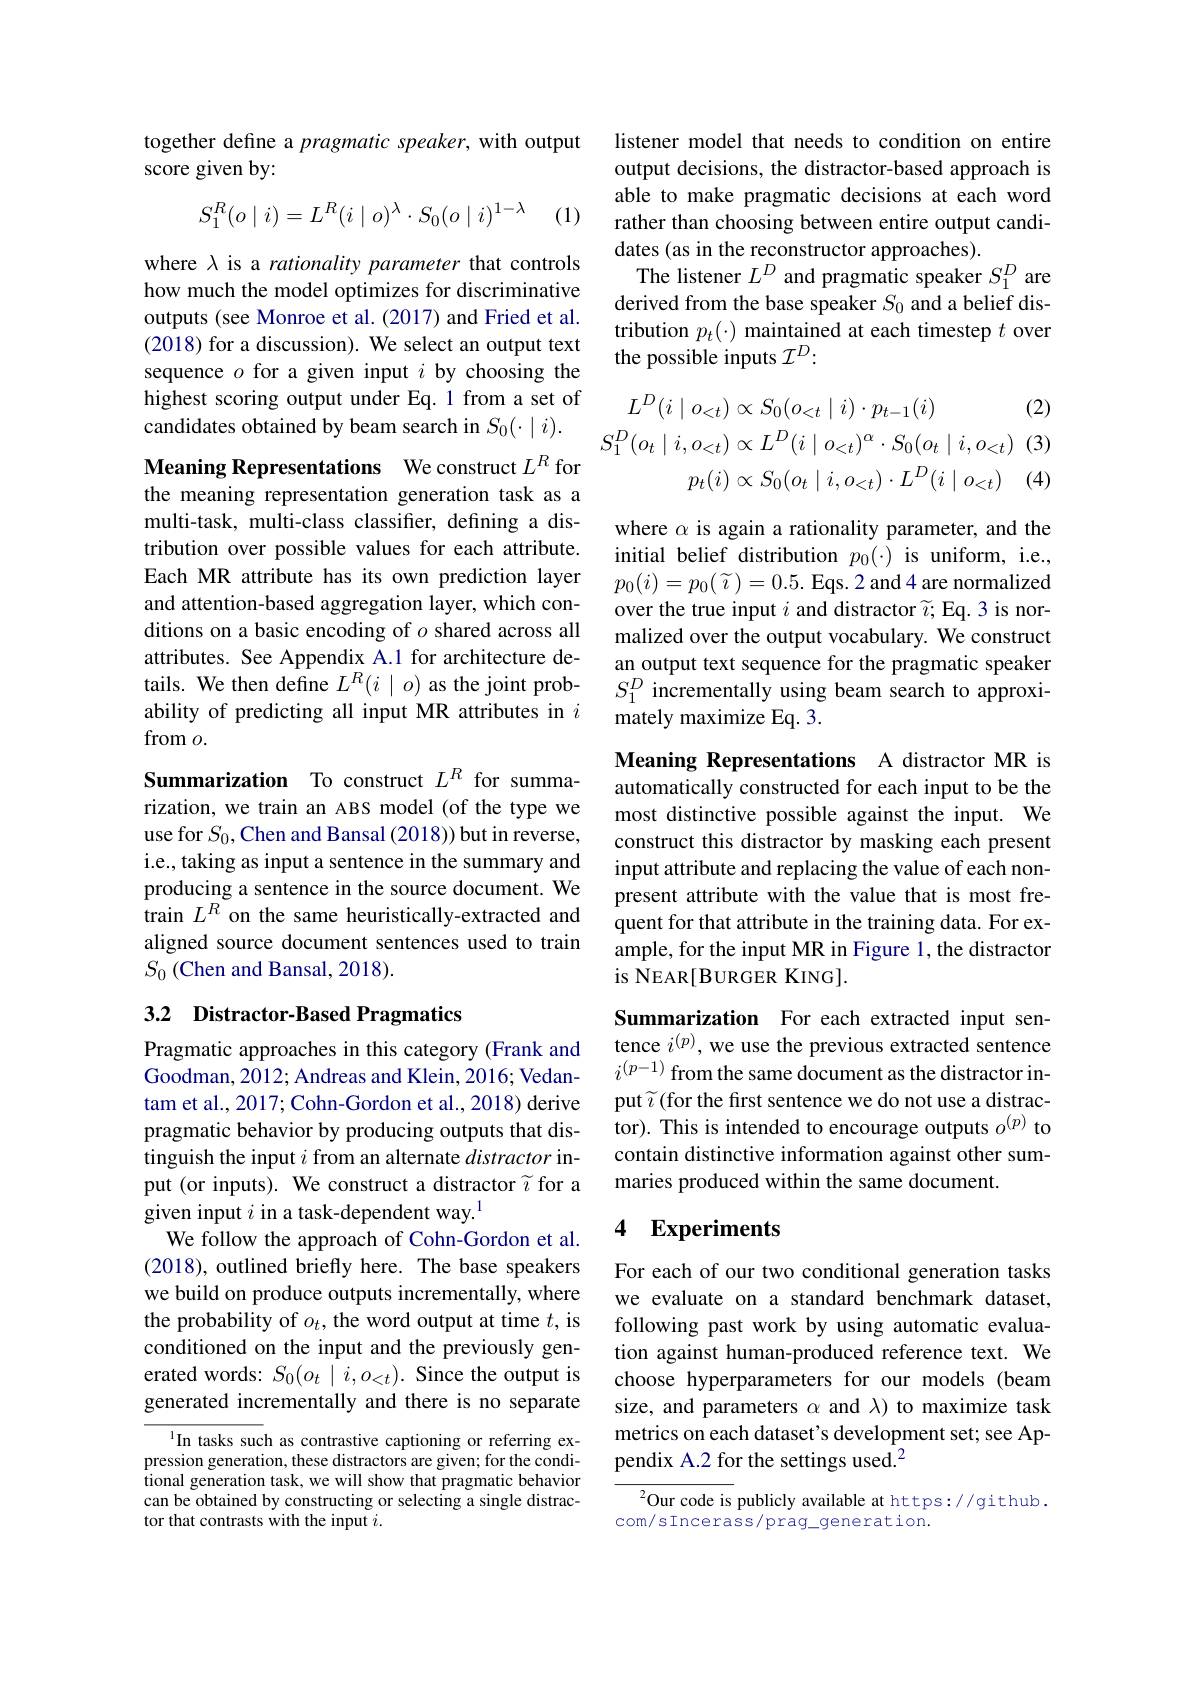
together define a pragmatic speaker, with output
score given by:
$$S_1^R(o\mid i)=L^R(i\mid o)^\lambda\cdot S_0(o\mid i)^{1-\lambda}$$
(1)

where $\lambda$ is a rationality parameter that controls how much the model optimizes for discriminative outputs (see Monroe et al. (2017) and Fried et al. (2018) for a discussion). We select an output text sequence $o$ for a given input $i$ by choosing the highest scoring output under Eq.1 from a set of candidates obtained by beam search in $S_0(\cdot\mid i).$

Meaning Representations We construct $L^R$ for the meaning representation generation task as a multi-task, multi-class classifier, defining a distribution over possible values for each attribute. Each MR attribute has its own prediction layer and attention-based aggregation layer, which conditions on a basic encoding of $o$ shared across all attributes. See Appendix A.1 for architecture details. We then define $L^R(i\mid o)$ as the joint probability of predicting all input MR attributes in $i$ from $o.$

Summarization To construct $L^R$ for summarization, we train an ABS model (of the type we use for $S_0$,Chen and Bansal (2018))but in reverse, i.e., taking as input a sentence in the summary and producing a sentence in the source document. We train $L^R$ on the same heuristically-extracted and aligned source document sentences used to train $S_0\left(\text{Chen and Bansal, 2018}\right).$

## 3.2 Distractor-Based Pragmatics

Pragmatic approaches in this category (Frank and Goodman, 2012; Andreas and Klein, 2016; Vedantam et al., 2017; Cohn-Gordon et al., 2018) derive pragmatic behavior by producing outputs that distinguish the input $i$ from an alternate distractor input (or inputs). We construct a distractor $\widetilde{i}$ for a given input $i$ in a task-dependent way.$^1$
We follow the approach of Cohn-Gordon et al. (2018), outlined briefly here. The base speakers we build on produce outputs incrementally, where the probability of $o_t$, the word output at time $t$, is conditioned on the input and the previously generated words: $S_0(o_{t}\mid i,o_{<t}).$ Since the output is generated incrementally and there is no separate

In tasks such as contrastive captioning or referring expression generation, these distractors are given; for the conditional generation task, we will show that pragmatic behavior can be obtained by constructing or selecting a single distractor that contrasts with the input $i.$

listener model that needs to condition on entire output decisions, the distractor-based approach is able to make pragmatic decisions at each word rather than choosing between entire output candidates (as in the reconstructor approaches).
The listener $L^D$ and pragmatic speaker $S_1^D$ are derived from the base speaker $S_0$ and a belief distribution $p_t(\cdot)$ maintained at each timestep $t$ over the possible inputs $\mathcal{I}^D:$
$$\begin{aligned}L^D(i\mid o_{<t})&\propto S_0(o_{<t}\mid i)\cdot p_{t-1}(i)&(2)\\S_1^D(o_t\mid i,o_{<t})&\propto L^D(i\mid o_{<t})^\alpha\cdot S_0(o_t\mid i,o_{<t})&(3)\\p_t(i)&\propto S_0(o_t\mid i,o_{<t})\cdot L^D(i\mid o_{<t})&(4)\end{aligned}$$
where $\alpha$ is again a rationality parameter, and the initial belief distribution $p_0(\cdot)$ is uniform, i.e., $p_{0}(i)=p_{0}(\widetilde{i})=0.5.$Eqs.2 and4 are normalized over the true input $i$ and distractor $\widetilde{i};$ Eq.3 is normalized over the output vocabulary. We construct an output text sequence for the pragmatic speaker $S_{1}^{D}$ incrementally using beam search to approximately maximize Eq. 3.

Meaning Representations A distractor MR is automatically constructed for each input to be the most distinctive possible against the input. We construct this distractor by masking each present input attribute and replacing the value of each nonpresent attribute with the value that is most frequent for that attribute in the training data. For example, for the input MR in Figure 1, the distractor is NEAR[BURGER KING].

Summarization For each extracted input sentence $i^{(p)}$, we use the previous extracted sentence $i^{(p-1)}$ from the same document as the distractor input $\widetilde i$ (for the first sentence we do not use a distractor). This is intended to encourage outputs $o^{(p)}$ to contain distinctive information against other summaries produced within the same document.

### 4 Experiments

For each of our two conditional generation tasks we evaluate on a standard benchmark dataset, following past work by using automatic evaluation against human-produced reference text. We choose hyperparameters for our models (beam size, and parameters $\alpha$ and $\lambda)$ to maximize task metrics on each dataset's development set; see Appendix A.2 for the settings used.$^{2}$

$^{2}$Our code is publicly available at https://github.
com/s Incerass/prag\_generation.